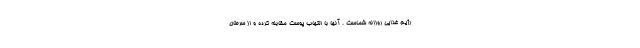
رژیم غذایی روزانه شماست . آنها با التهاب پوست مقابله کرده و از سرطان